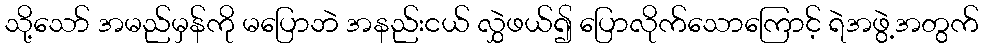
သို့သော် အမည်မှန်ကို မပြောဘဲ အနည်းငယ် လွှဲဖယ်၍ ပြောလိုက်သောကြောင့် ရဲအဖွဲ့အတွက်